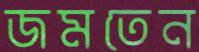
জমতেন